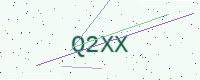
Text: Q2XX